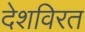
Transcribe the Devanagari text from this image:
देशविरत